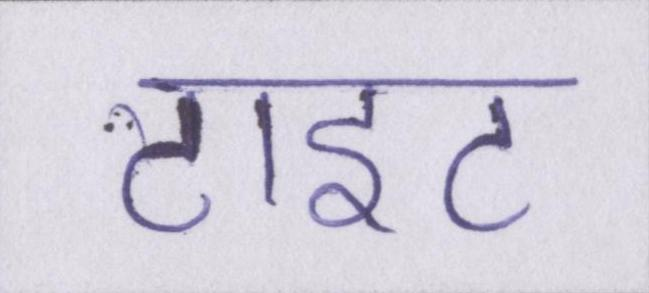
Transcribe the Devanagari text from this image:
टाइट